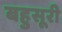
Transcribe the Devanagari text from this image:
बहुसूरी